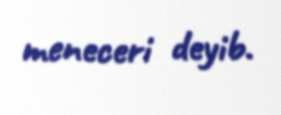
meneceri deyib.